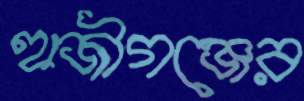
হাজীগঞ্জের